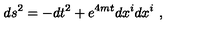
d s ^ { 2 } = - d t ^ { 2 } + e ^ { 4 m t } d x ^ { i } d x ^ { i } \ ,